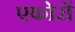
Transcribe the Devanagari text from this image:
एफोरों